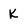
Character: K